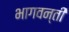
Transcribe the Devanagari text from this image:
भागवन्ती